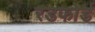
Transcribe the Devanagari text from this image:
रडफोर्ड